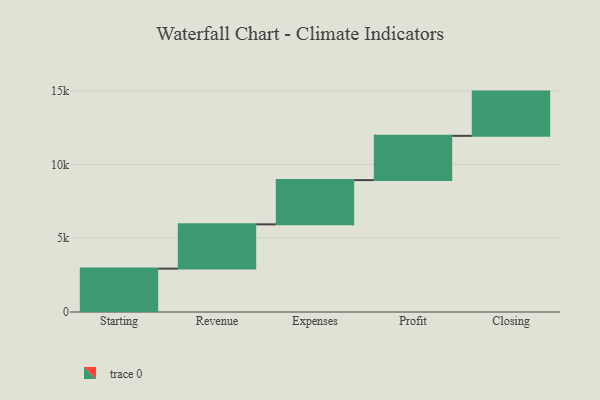
{"axis": {"x": "Step", "y": "Value"}, "legend": [""], "data": [{"x": "Starting", "y": 2941.0, "type": ""}, {"x": "Revenue", "y": 3000, "type": ""}, {"x": "Expenses", "y": 3000, "type": ""}, {"x": "Profit", "y": 3000, "type": ""}, {"x": "Closing", "y": 3000, "type": ""}]}